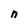
Character: n